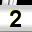
Digit: 2